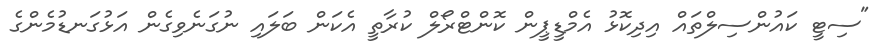
"ސިޓީ ކައުންސިލްތައް އިދިކޮޅު އެމްޑީޕީން ކޮންޓްރޯލް ކުރާތީ އެކަން ބަލައި ނުގަނެވިގެން އަަޅުގަނޑުމެންގެ